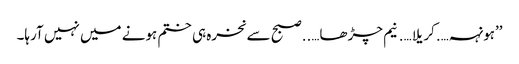
’’ہونہہ….کریلا….نیم چڑھا…..صبح سے نخرہ ہی ختم ہونے میں نہیں آرہا۔